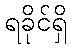
ရခိုင်ရှိ